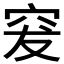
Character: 𥥛